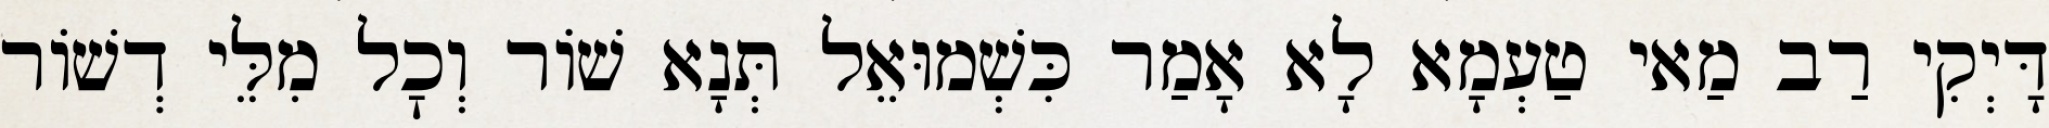
דָּיְקִי רַב מַאי טַעְמָא לָא אָמַר כִּשְׁמוּאֵל תְּנָא שׁוֹר וְכׇל מִלֵּי דְשׁוֹר